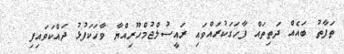
ތަފާތު ބައެއް ދަތިތައް ފާހަގަކުރައްވައި ރައީސުލްޖުމްހޫރިއްޔާ ވާހަކަފުޅު ދައްކަވައިފި